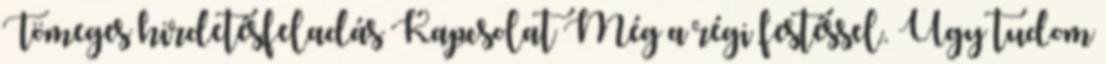
Tömeges hirdetésfeladás Kapcsolat Még a régi festéssel. Úgy tudom